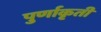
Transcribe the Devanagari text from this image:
पुर्णाकृती